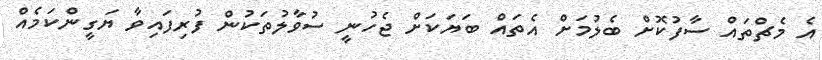
އެ މެޗްތައް ސާފުކޮށް ބެލުމަށް އެތައް ބަޔަކަށް ޖެހުނީ ސުވާލުތަކުން ފުރިފައިވާ ޔަގީންކަމެއް